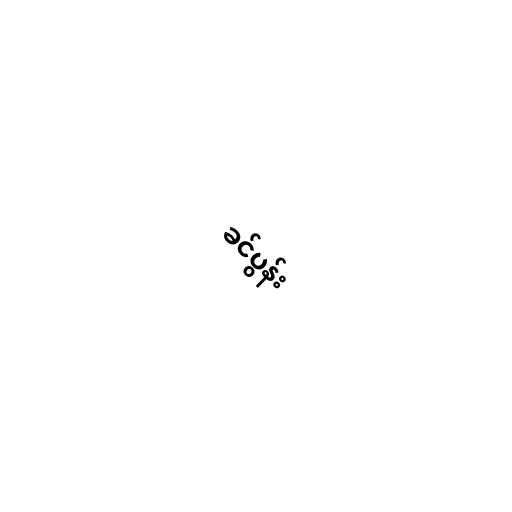
ခင်ပွန်း